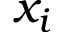
x _ { i }